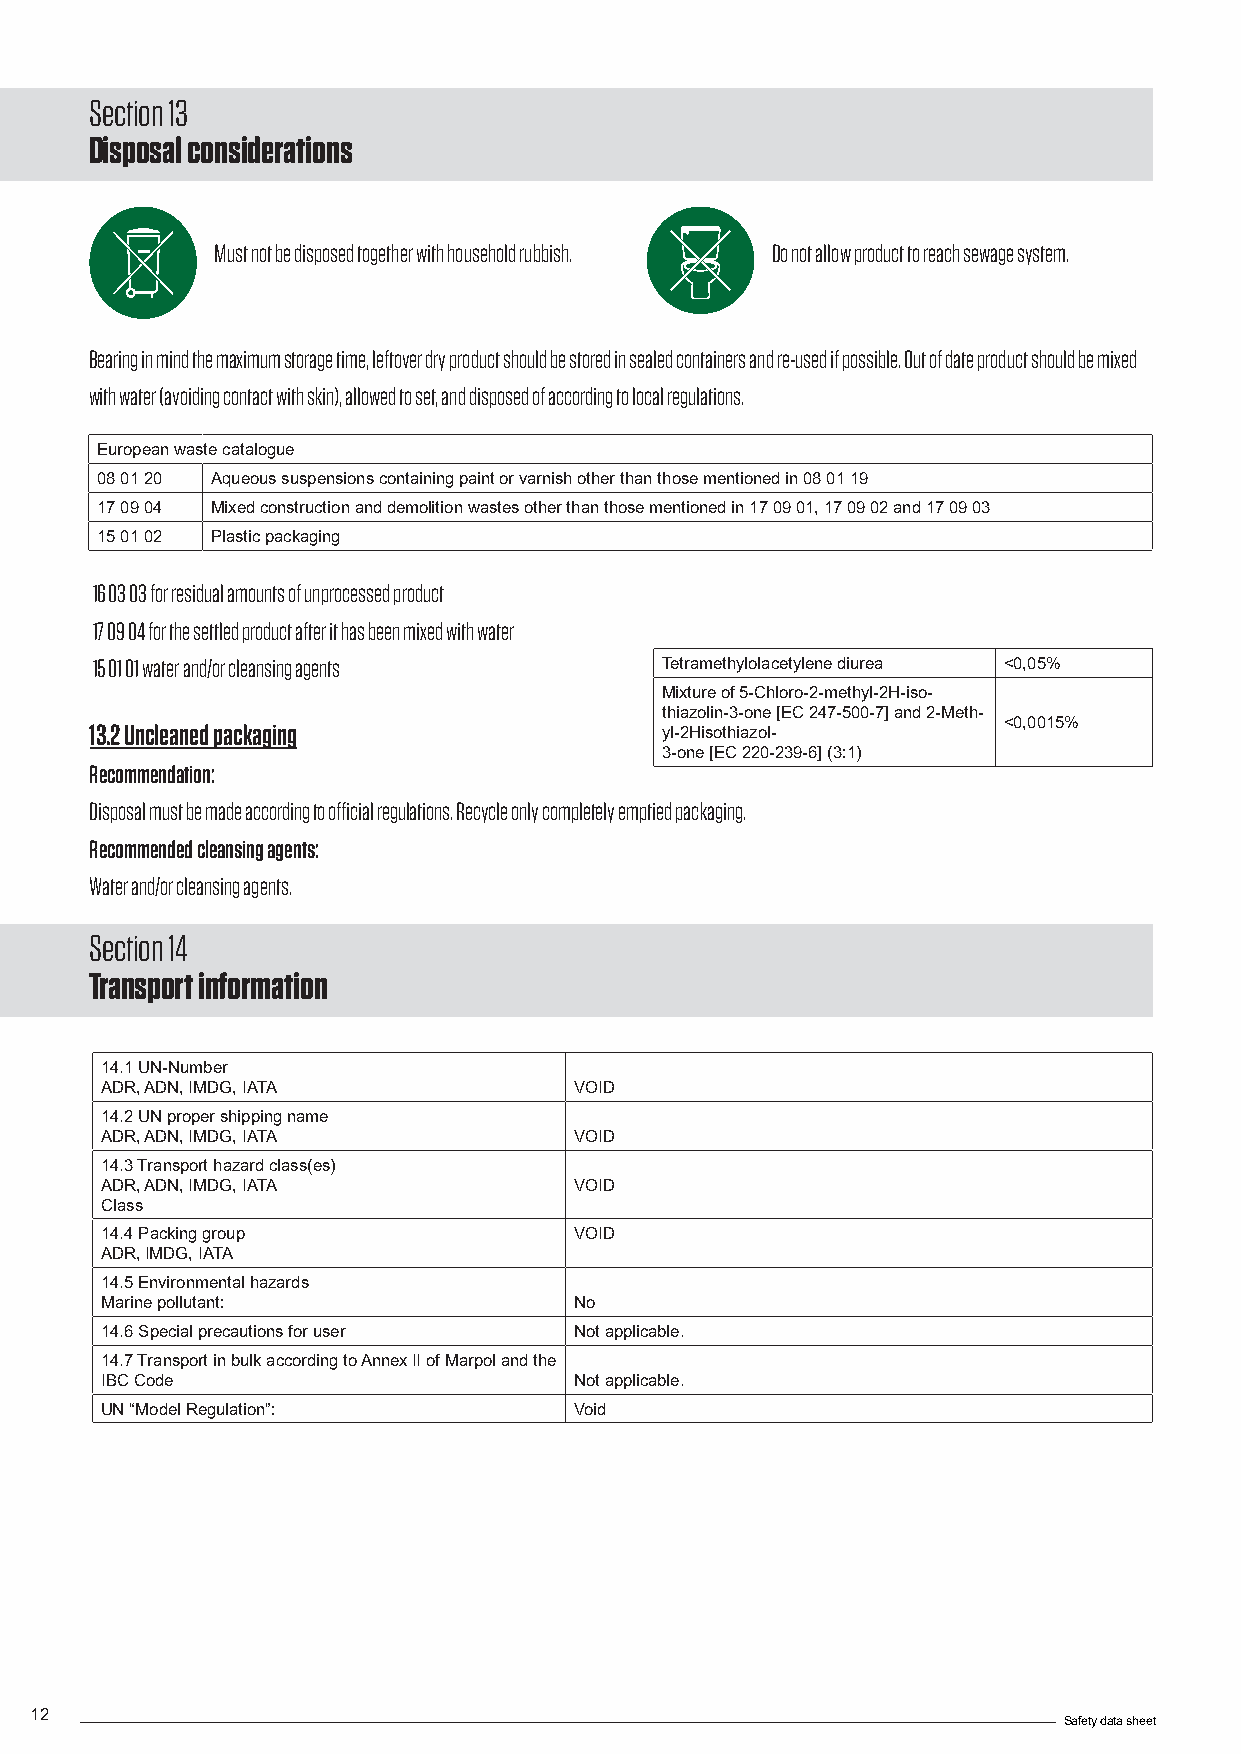
Section 13
 Disposal considerations
 Must not be disposed together with household rubbish. Do not allow product to reach sewage system.
 Bearing in mind the maximum storage time, leftover dry product should be stored in sealed containers and re-used if possible. Out of date product should be mixed
 with water (avoiding contact with skin), allowed to set, and disposed of according to local regulations.
 European waste catalogue
 08 01 20 Aqueous suspensions containing paint or varnish other than those mentioned in 08 01 19
 17 09 04 Mixed construction and demolition wastes other than those mentioned in 17 09 01, 17 09 02 and 17 09 03
 15 01 02 Plastic packaging
 16 03 03 for residual amounts of unprocessed product
 17 09 04 for the settled product after it has been mixed with water
 15 01 01 water and/or cleansing agents Tetramethylolacetylene diurea <0,05%
 Mixture of 5-Chloro-2-methyl-2H-iso-
 thiazolin-3-one [EC 247-500-7] and 2-Meth-
 13.2 Uncleaned packaging              yl-2Hisothiazol-      <0,0015%
 3-one [EC 220-239-6] (3:1)
 Recommendation:
 Disposal must be made according to official regulations. Recycle only completely emptied packaging.
 Recommended cleansing agents:
 Water and/or cleansing agents.
 Section 14
 Transport information
 14.1 UN-Number
 ADR, ADN, IMDG, IATA           VOID
 14.2 UN proper shipping name
 ADR, ADN, IMDG, IATA           VOID
 14.3 Transport hazard class(es)
 ADR, ADN, IMDG, IATA           VOID
 Class
 14.4 Packing group             VOID
 ADR, IMDG, IATA
 14.5 Environmental hazards
 Marine pollutant:              No
 14.6 Special precautions for user Not applicable.
 14.7 Transport in bulk according to Annex II of Marpol and the
 IBC Code                       Not applicable.
 UN “Model Regulation”:         Void
 12
 Safety data sheet